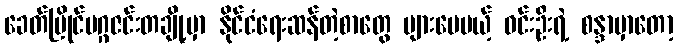
ခေတ်ပြိုင်မဂ္ဂဇင်းတချို့မှာ နိုင်ငံရေးဆန်တဲ့စာတွေ များပေမယ့် ဝင်းဦးရဲ့ စန္ဒာမှာတော့